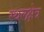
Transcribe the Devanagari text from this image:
स्थलक्षेत्र